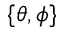
\{ \theta , \phi \}